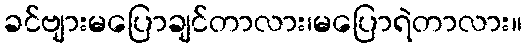
ခင်ဗျားမပြောချင်တာလား၊မပြောရဲတာလား။